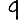
Digit: 9